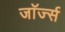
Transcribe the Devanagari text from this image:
जाॅर्ज्स